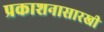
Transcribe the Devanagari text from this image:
प्रकाशनासारखी